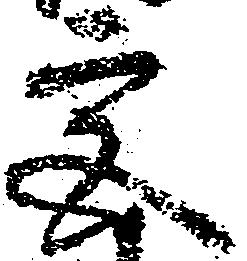
宮